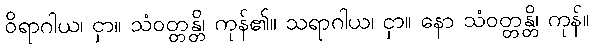
ဝိရာဂါယ၊ ငှာ။ သံဝတ္တန္တိ၊ ကုန်၏။ သရာဂါယ၊ ငှာ။ နော သံဝတ္တန္တိ၊ ကုန်။